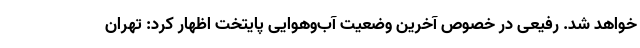
خواهد شد. رفیعی در خصوص آخرین وضعیت آب‌وهوایی پایتخت اظهار کرد: تهران